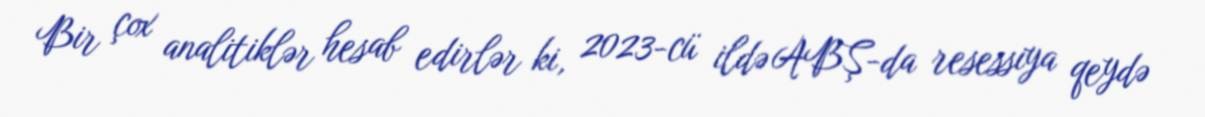
Bir çox analitiklər hesab edirlər ki, 2023-cü ildə ABŞ-da resessiya qeydə